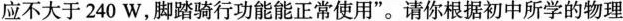
应不大于240W，脚踏骑行功能能正常使用”。请你根据初中所学的物理